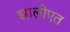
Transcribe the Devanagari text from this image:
झालीएत